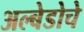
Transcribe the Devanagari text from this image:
अल्बेडोचे